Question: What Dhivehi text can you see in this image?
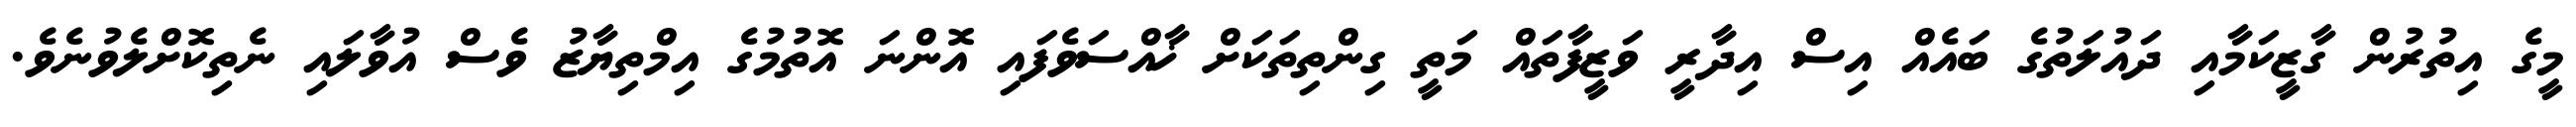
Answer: މީގެ އިތުރުން ގާޒީކަމާއި ދައުލަތުގެ ބައެއް އިސް އިދާރީ ވަޒީފާތައް މަތީ ގިންތިތަކަށް ޚާއްސަވެފައި އޮންނަ އޮތުމުގެ އިމްތިޔާޒު ވެސް އުވާލައި ނެތިކޮށްލެވުނެވެ.